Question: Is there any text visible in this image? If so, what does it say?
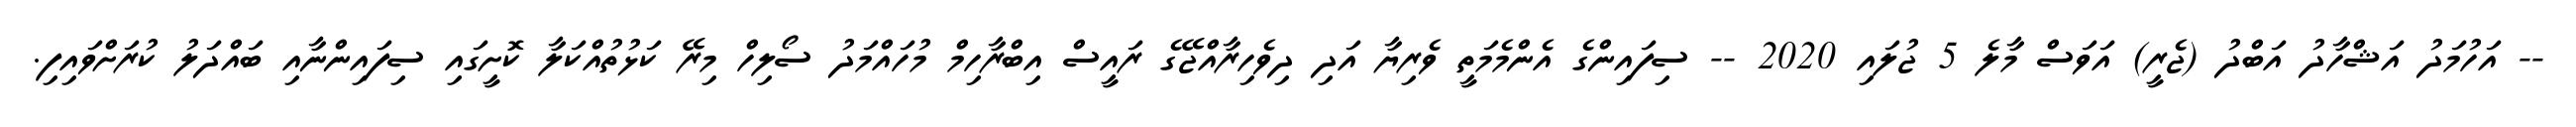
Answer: -- އަހުމަދު އަޝްހާދު އަބްދު (ޖެރީ) އަވަސް މާލެ 5 ޖުލައި 2020 -- ސިފައިންގެ އެންމެމަތީ ވެރިޔާ އަދި ދިވެހިރާއްޖޭގެ ރައީސް އިބްރާހިމް މުހައްމަދު ސޯލިހް މިރޭ ކަޅުތުއްކަލާ ކޮށީގައި ސިފައިންނާއި ބައްދަލު ކުރަށްވައިފި.